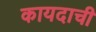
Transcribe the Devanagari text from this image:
कायदाची